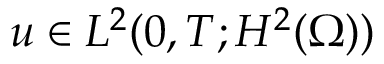
u \in L ^ { 2 } ( 0 , T ; H ^ { 2 } ( \Omega ) )